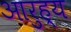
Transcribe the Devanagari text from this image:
आरुह्य